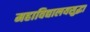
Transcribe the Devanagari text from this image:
महाविद्यालयसुद्धा